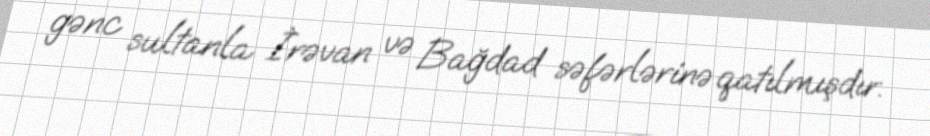
gənc sultanla İrəvan və Bağdad səfərlərinə qatılmışdır.